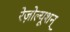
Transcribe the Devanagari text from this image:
रेज़ोल्यूशन्